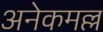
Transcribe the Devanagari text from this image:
अनेकमल्ल